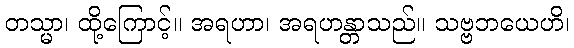
တသ္မာ၊ ထို့ကြောင့်။ အရဟာ၊ အရဟန္တာသည်။ သဗ္ဗဘယေဟိ၊